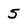
Character: 5